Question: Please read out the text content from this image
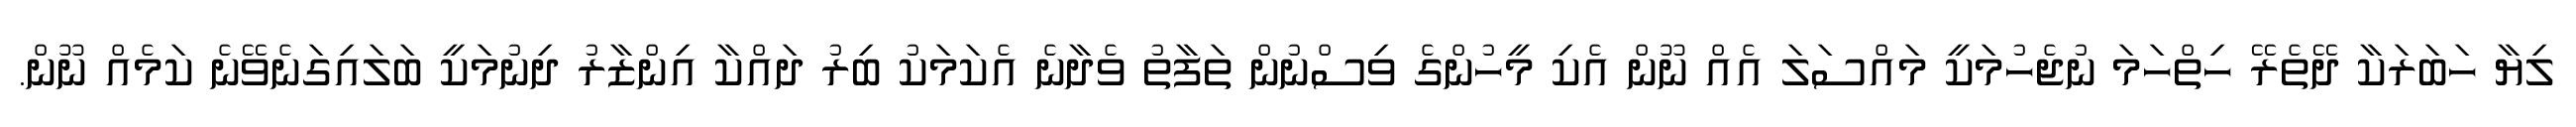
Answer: ލިޔާ ހަބަރަކާ ދޭތެރޭ ހިތްހަމަ ނުޖެހުމަކީ މައްސަލަ އެއް ނޫން އެކި މީހުންގެ ވިސްނުން ތަފާތު ވެދާނެ އެކަމަކު ބިރު ދައްކާ އިންޒާރު ދިނުމަކީ ބަލައިގަނެވޭނެ ކަމެއް ނޫން.